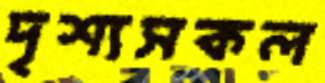
দৃশ্যসকল